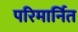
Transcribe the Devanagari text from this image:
परिमार्नित